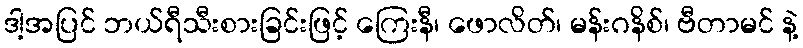
ဒါ့အပြင် ဘယ်ရီသီးစားခြင်းဖြင့် ကြေးနီ၊ ဖောလိတ်၊ မန်းဂနိစ်၊ ဗီတာမင် နဲ့